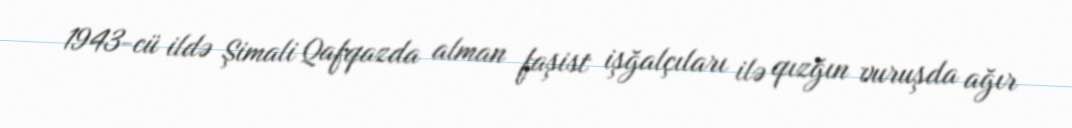
1943-cü ildə Şimali Qafqazda alman faşist işğalçıları ilə qızğın vuruşda ağır